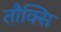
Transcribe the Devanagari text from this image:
तौक्सि